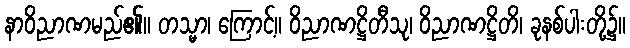
နာဝိညာဏမည်၏။ တသ္မာ၊ ကြောင့်။ ဝိညာဏဋ္ဌိတီသု၊ ဝိညာဏဋ္ဌိတိ၊ ခုနစ်ပါးတို့၌။